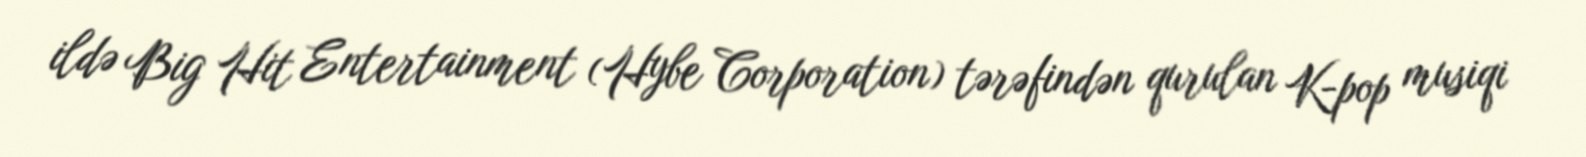
ildə Big Hit Entertainment (Hybe Corporation) tərəfindən qurulan K-pop musiqi